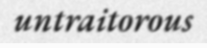
untraitorous